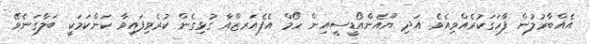
އެއްބާރުލުން ފާހަގަކުރެއްވިއެވެ. އަދި ޔޫއެންއޯޑީސީއިން ހޯމް އެފެއަރޒްއާ ގުޅިގެން ކުރެވިފައިވާ ކަންކަމަކީ ބަލާގަނެވޭ